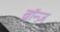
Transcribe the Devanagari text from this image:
ब्रॉन्ज़